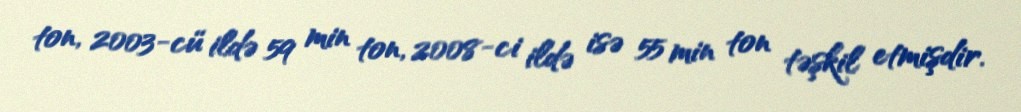
ton, 2003-cü ildə 59 min ton, 2008-ci ildə isə 55 min ton təşkil etmişdir.